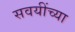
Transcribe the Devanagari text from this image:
सवयींच्या